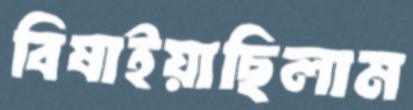
বিষাইয়াছিলাম